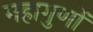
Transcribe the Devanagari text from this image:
महागुणों